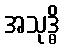
အသုဒ္ဓိ